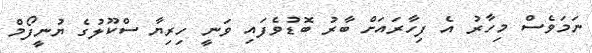
ނަމަވެސް މިހާރު އެ ފިހާރައަށް ބާރު ބޮޑުވެފައި ވަނީ ހިރިޔާ ސްކޫލުގެ ޔުނީފޯމް